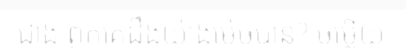
ជាង ពួកគេដឹងយ៉ាងម៉េចបាន? ចម្លើយ